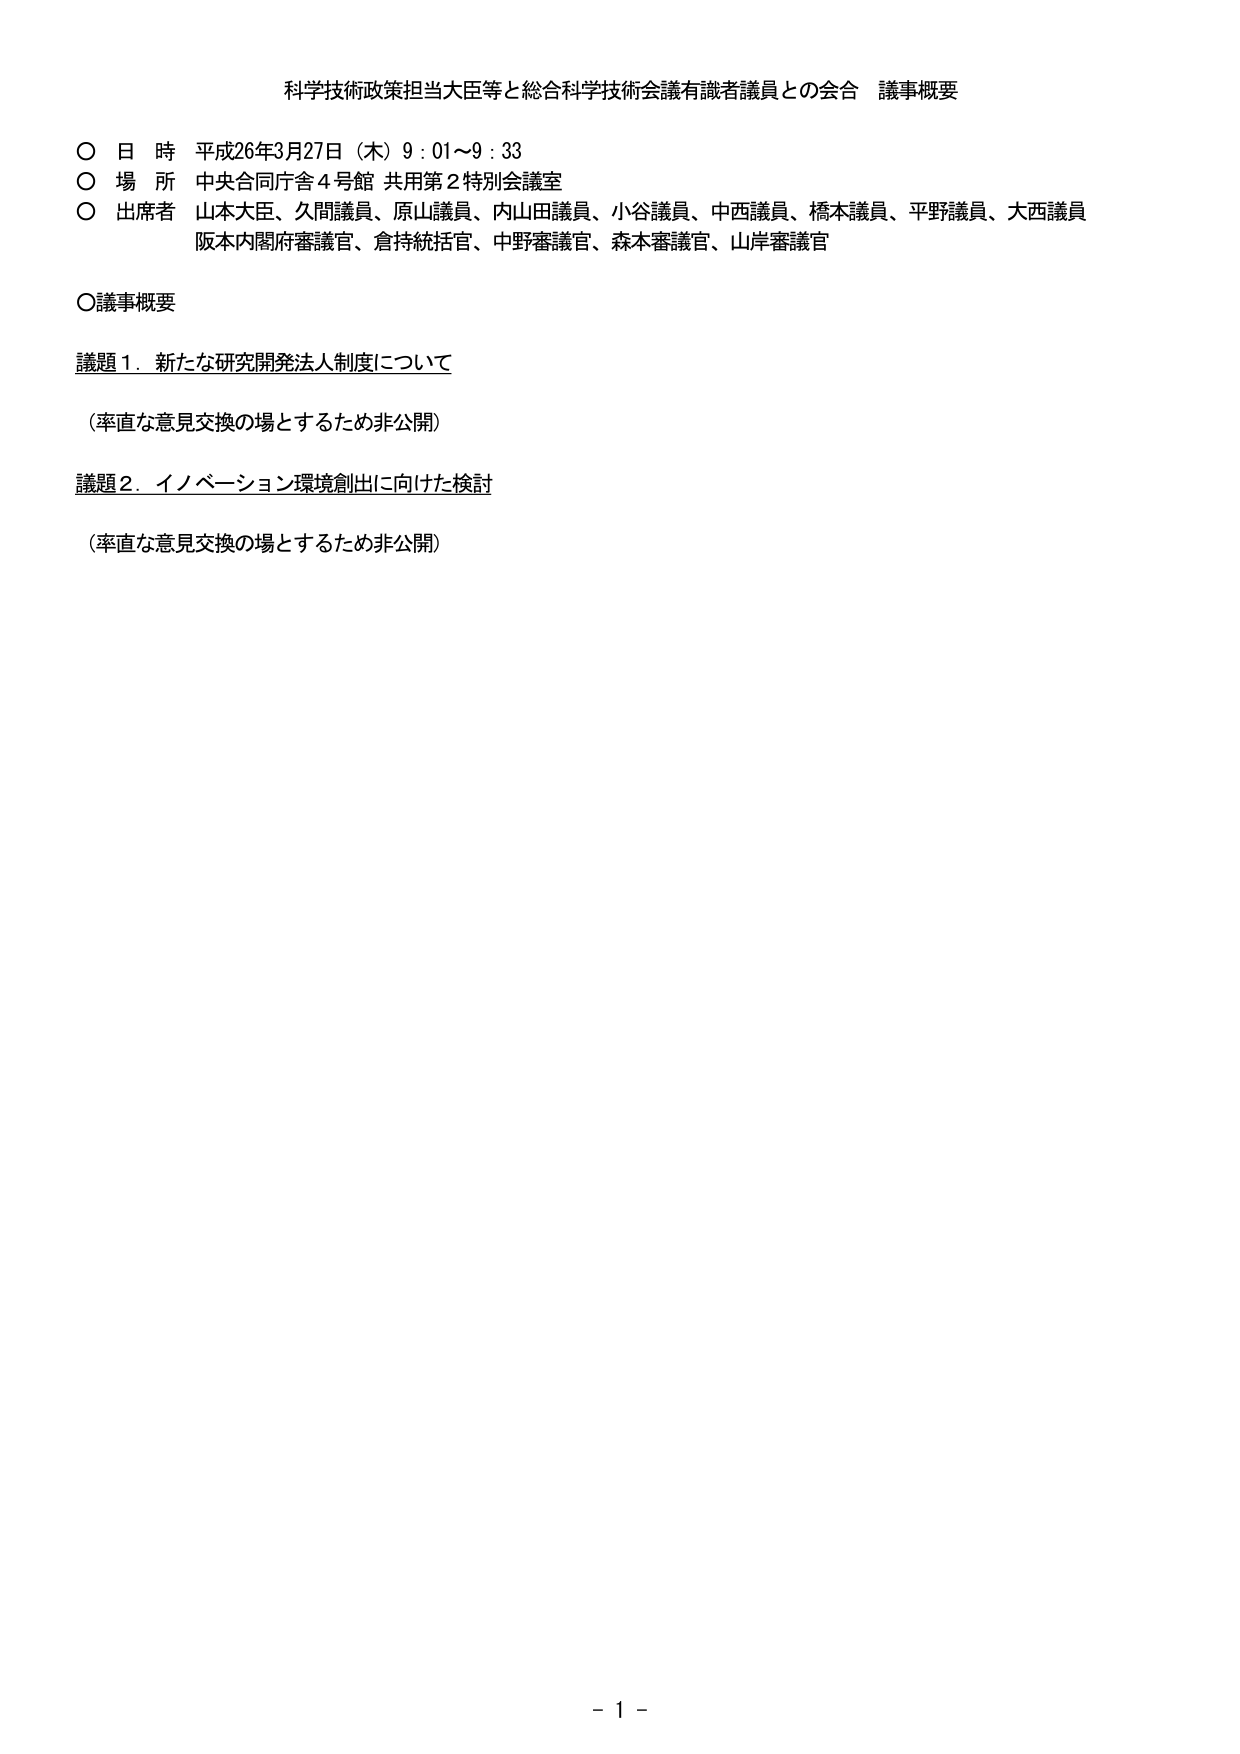
科学技術政策担当大臣等と総合科学技術会議有識者議員との会合 議事概要

○ 日 時 平成26年3月27日（木）9：01～9：33
○ 場 所 中央合同庁舎4号館 共用第2特別会議室
○ 出席者 山本大臣、久間議員、原山議員、内山田議員、小谷議員、中西議員、橋本議員、平野議員、大西議員
　　　　　阪本内閣府審議官、倉持統括官、中野審議官、森本審議官、山岸審議官

○議事概要

議題1．新たな研究開発法人制度について
（率直な意見交換の場とするため非公開）

議題2．イノベーション環境創出に向けた検討
（率直な意見交換の場とするため非公開）

- 1 -